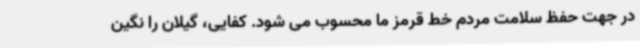
در جهت حفظ سلامت مردم خط قرمز ما محسوب می شود. کفایی، گیلان را نگین